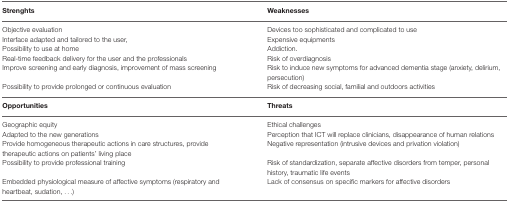
<table><thead><tr><td><b>Strenghts</b></td><td><b>Weaknesses</b></td></tr></thead><tbody><tr><td>Objective evaluation</td><td>Devices too sophisticated and complicated to use</td></tr><tr><td>Interface adapted and tailored to the user,</td><td>Expensive equipments</td></tr><tr><td>Possibility to use at home</td><td>Addiction.</td></tr><tr><td>Real-time feedback delivery for the user and the professionals</td><td>Risk of overdiagnosis</td></tr><tr><td>Improve screening and early diagnosis, improvement of mass screening</td><td>Risk to induce new symptoms for advanced dementia stage (anxiety, delirium, persecution)</td></tr><tr><td>Possibility to provide prolonged or continuous evaluation</td><td>Risk of decreasing social, familial and outdoors activities</td></tr><tr><td><b>Opportunities</b></td><td><b>Threats</b></td></tr><tr><td>Geographic equity</td><td>Ethical challenges</td></tr><tr><td>Adapted to the new generations</td><td>Perception that ICT will replace clinicians, disappearance of human relations</td></tr><tr><td>Provide homogeneous therapeutic actions in care structures, provide therapeutic actions on patients’ living place</td><td>Negative representation (intrusive devices and privation violation)</td></tr><tr><td>Possibility to provide professional training</td><td>Risk of standardization, separate affective disorders from temper, personal history, traumatic life events</td></tr><tr><td>Embedded physiological measure of affective symptoms (respiratory and heartbeat, sudation, ...)</td><td>Lack of consensus on specific markers for affective disorders</td></tr></tbody></table>